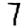
Digit: 7